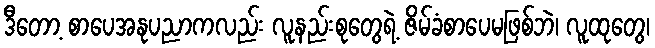
ဒီတော့ စာပေအနုပညာကလည်း လူနည်းစုတွေရဲ့ ဇိမ်ခံစာပေမဖြစ်ဘဲ၊ လူထုတွေ၊